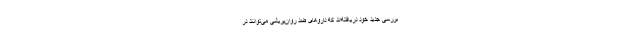
بررسی جدید خود دریافته‌اند که داروهای ضد روان‌پریشی می‌توانند در